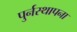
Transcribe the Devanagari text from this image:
पुर्नस्‍थापना